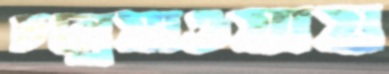
চল্রেযাওয়ায়